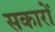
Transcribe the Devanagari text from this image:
सकारों